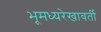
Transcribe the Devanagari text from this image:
भूमध्यरेखावर्ती